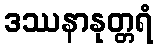
ဒဿနာနုတ္တရံ